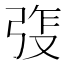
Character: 𫸵